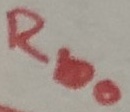
Text: Bbo